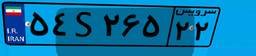
۲۷S۹۹۴۲۸